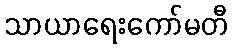
သာယာရေးကော်မတီ